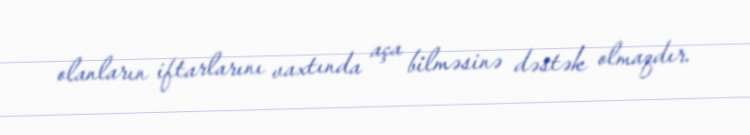
olanların iftarlarını vaxtında aça bilməsinə dəstək olmaqdır.